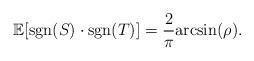
LaTeX: \begin{align*}\mathbb{E}[\mathrm{sgn}(S)\cdot\mathrm{sgn}(T)]=\frac{2}{\pi}\mathrm{arcsin}(\rho).\end{align*}